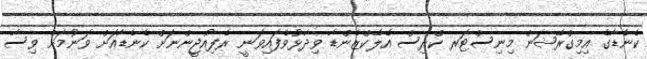
ކެނެޑާގެ އިމިގްރޭޝަން މިނިސްޓަރ ކްރިސް އެލެކްޒެންޑާ ވިދާޅުވެފައިވަނީ ރެފިއުޖީންނަށް ކެނެޑާއަށް ވަނުމަށް ވިސާ